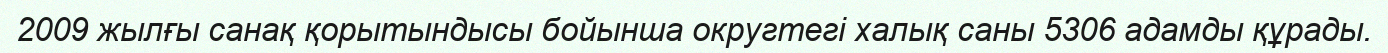
2009 жылғы санақ қорытындысы бойынша округтегі халық саны 5306 адамды құрады.